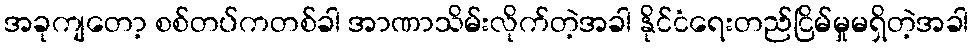
အခုကျတော့ စစ်တပ်ကတစ်ခါ အာဏာသိမ်းလိုက်တဲ့အခါ နိုင်ငံရေးတည်ငြိမ်မှုမရှိတဲ့အခါ